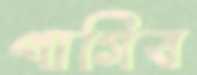
পাগিব